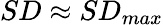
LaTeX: SD\approx SD_{max}